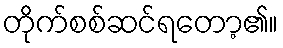
တိုက်စစ်ဆင်ရတော့၏။